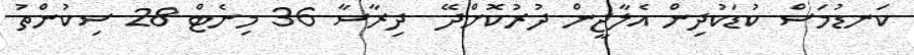
ކަނޑުމަސް ކުޑަކުދިން އެލާޖީން ދުރުކޮށްދޭ  ދިރާސާ 36 މިނެޓް 28 ސިކުންތު